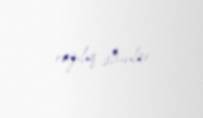
razılıq alsınlar.